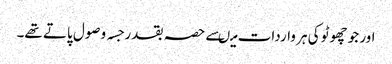
اور جو چھوٹو کی ہر واردات میںسے حصہ بقدر جسہ وصول پاتے تھے۔